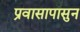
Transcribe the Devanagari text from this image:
प्रवासापासुन